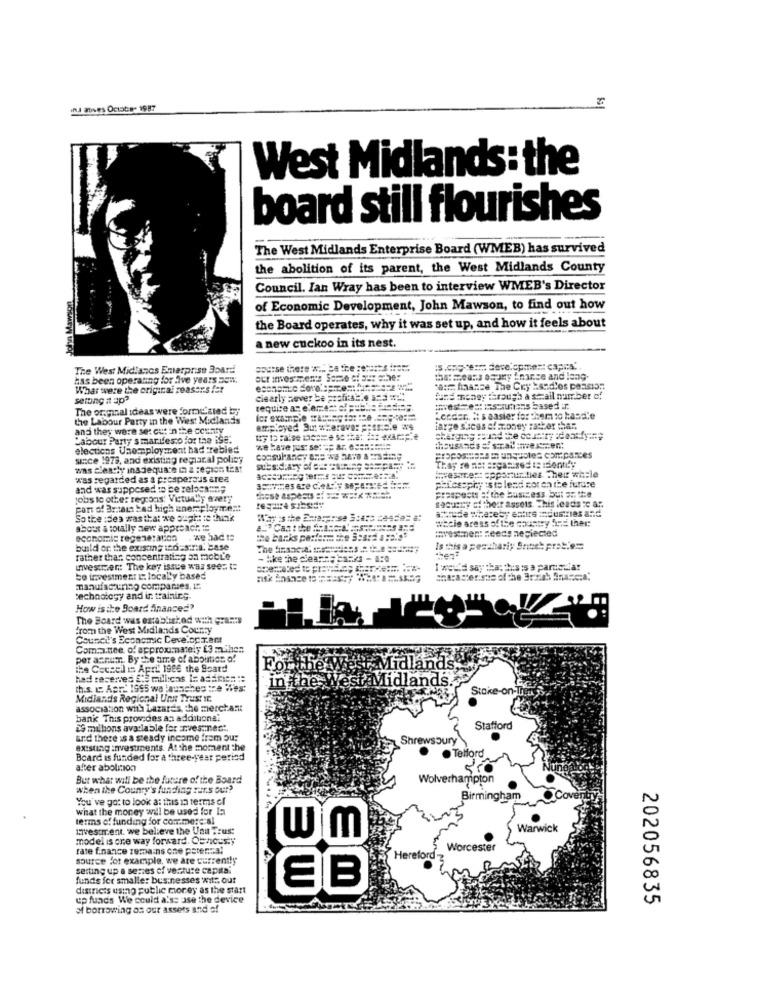
und atives Octats- 1987
West Midlands : the
board still flourishes
The West Midlands Enterprise Board (WMEB) has survived
the abolition of its parent, the West Midlands County
Council. Ian Wray has been to interview WMEB's Director
of Economic Development, John Mawson, to find out how
the Board operates, why it was set up, and how it feels about
a new cuckoo in its nest.
The West Midlands Enterprise Board
course there w ... 9a the ====== s irem
has been operating for five years som.
What were the original reasons fer
::= haasce The Cry Esad'os pension
setting it ap?
ciearly never be profitst.4 ===== "
fund money through a small number of
The or.maal ideas were formc'sled by
the Labour Party in the West Midlands
Lancer # s easier for them to basale
and they were se: cut in the county
employed Six whereve: = seriale we
farge sacas of money rather than
Labour Party smarifesto for the iSE.
elections Unemployment had trebled
thousands of stalinvesszent
since 1973, and existing regiacal polisy
was clearly ins Jequare in & region test
wwwesanext opportunities Their while
was regarded as a prosperous area
phicsophyes to lead cor an the future
and was supposed to be zeloch == g
Prospects :" the business but as the
jobs to other regions! Virtually every
S921:27 : their assets. This leads c ar.
part of artain bad high anemployme:#
So the :des was that we ought to think
wacie areas of the country but ther
about a totally new approach te
#vestment needs neglected
economic regeneration . we had to
build or the existmy tho-siria. Base
Is this a pesshari; Sauch prat.es
rather thar concentrating on mobL'e
- Ike the ciea === = and - A
Invester: The key issue was seen ts
I wei'd say that this is a partemia!
to investmen: E: locally based
manufacturing companies, 1:
technology and in training.
How is the Board Ananced'
The Board was established with grant's
from the West Midlands County
Council's Economic Develop3.amt
Committee, of approximately $3 mthen
per accum. By the time of abolition of
the Cocaell is April 1986 the Board
For the West Midlands,
had reserves Ste milions In a ===== ==
in the West Midlands
this. C. Apr 1995 we launches the West
Stoke-on-Tre
Midlands Regional Uns Trust Ic
association with bazares, the merchant
bank This provides an additional
29 millions available for investment.
Stafford
and there is a steady income from Su:
Shrewsbury
existing investments. At the moment the
. Telford
Board is funded for a three-year period
after abolition
But what will be the future of the Board
Wolverhampton
when the Country's funding purs our?
You've got to look a: this in terms of
Birmingham
Coventry
what the money will be used for Ia
terms of funding for comercial
Investment. we believe the Usa Tous:
Warwick
mmodel is one way forward. Obviously
w m
rate f.nance remains che petenza!
Worcester
source for example, we are currently
Hereford
setting up a series of venture capital
funds fer smalle: businesses wit: out
districts using public morey as the start
EB
up funds We could a'ss ase the device
202056835
at borrowing on our assets and of